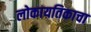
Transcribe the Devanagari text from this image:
लोकायतिकाचा